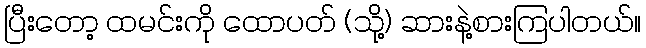
ပြီးတော့ ထမင်းကို ထောပတ် (သို့) ဆားနဲ့စားကြပါတယ်။